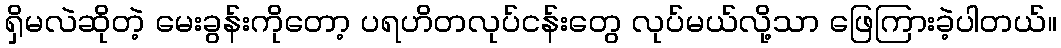
ရှိမလဲဆိုတဲ့ မေးခွန်းကိုတော့ ပရဟိတလုပ်ငန်းတွေ လုပ်မယ်လို့သာ ဖြေကြားခဲ့ပါတယ်။